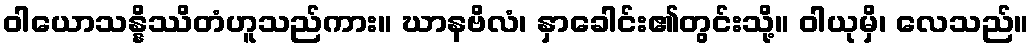
ဝါယောသန္နိဿိတံဟူသည်ကား။ ဃာနဗိလံ၊ နှာခေါင်း၏တွင်းသို့။ ဝါယုမှိ၊ လေသည်။